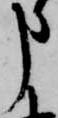
申